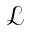
\mathcal { L }